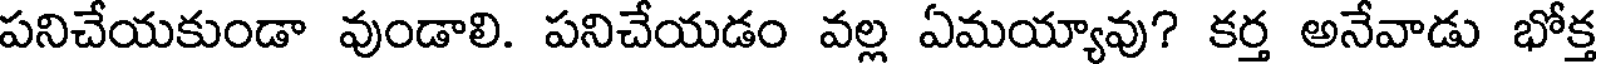
పనిచేయకుండా వుండాలి. పనిచేయడం వల్ల ఏమయ్యావు? కర్త అనేవాడు భోక్త